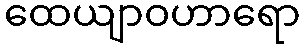
ထေယျာဝဟာရော